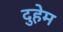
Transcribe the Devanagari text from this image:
दुहेम